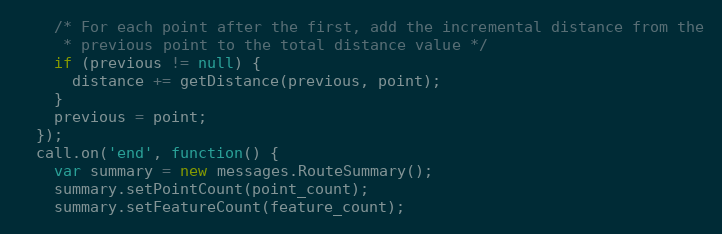
Language: JavaScript
    /* For each point after the first, add the incremental distance from the
     * previous point to the total distance value */
    if (previous != null) {
      distance += getDistance(previous, point);
    }
    previous = point;
  });
  call.on('end', function() {
    var summary = new messages.RouteSummary();
    summary.setPointCount(point_count);
    summary.setFeatureCount(feature_count);